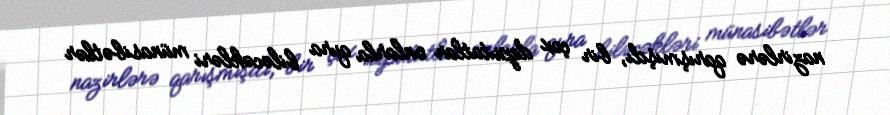
nazirlərə qarışmışdı, bir çox deputatlar onlarla qura biləcəkləri münasibətlər